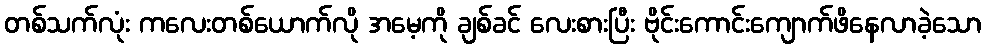
တစ်သက်လုံး ကလေးတစ်ယောက်လို အမေ့ကို ချစ်ခင် လေးစားပြီး ဗိုင်းကောင်းကျောက်ဖိနေလာခဲ့သော